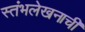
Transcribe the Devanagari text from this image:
स्तंभलेखनाची